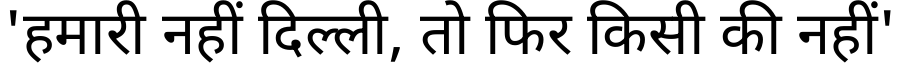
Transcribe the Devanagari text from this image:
'हमारी नहीं दिल्ली, तो फिर किसी की नहीं'